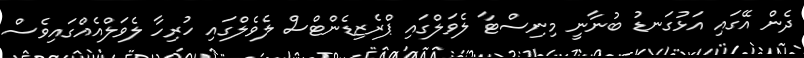
ދެން އޭގައި އަޅުގަނޑު ބުނާނީ މިނިސްޓާ ލެވަލްގައި ޕްރެޒިޑެންޓްސް ލެވެލްގައި ހުރިހާ ލެވަލްއެއްގައިވެސް